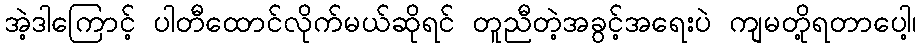
အဲ့ဒါကြောင့် ပါတီထောင်လိုက်မယ်ဆိုရင် တူညီတဲ့အခွင့်အရေးပဲ ကျမတို့ရတာပေါ့၊